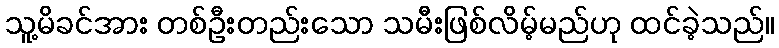
သူ့မိခင်အား တစ်ဦးတည်းသော သမီးဖြစ်လိမ့်မည်ဟု ထင်ခဲ့သည်။